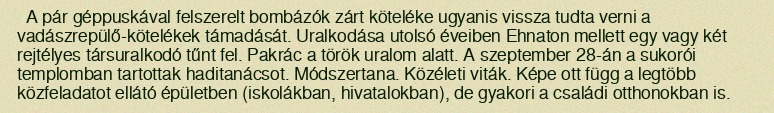
A pár géppuskával felszerelt bombázók zárt köteléke ugyanis vissza tudta verni a vadászrepülő-kötelékek támadását. Uralkodása utolsó éveiben Ehnaton mellett egy vagy két rejtélyes társuralkodó tűnt fel. Pakrác a török uralom alatt. A szeptember 28-án a sukorói templomban tartottak haditanácsot. Módszertana. Közéleti viták. Képe ott függ a legtöbb közfeladatot ellátó épületben (iskolákban, hivatalokban), de gyakori a családi otthonokban is.